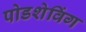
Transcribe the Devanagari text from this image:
पोडशेविंग